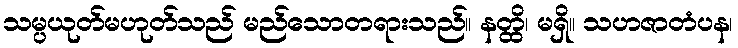
သမ္ပယုတ်မဟုတ်သည် မည်သောတရားသည်။ နတ္ထိ၊ မရှိ။ သဟဇာတံပန၊